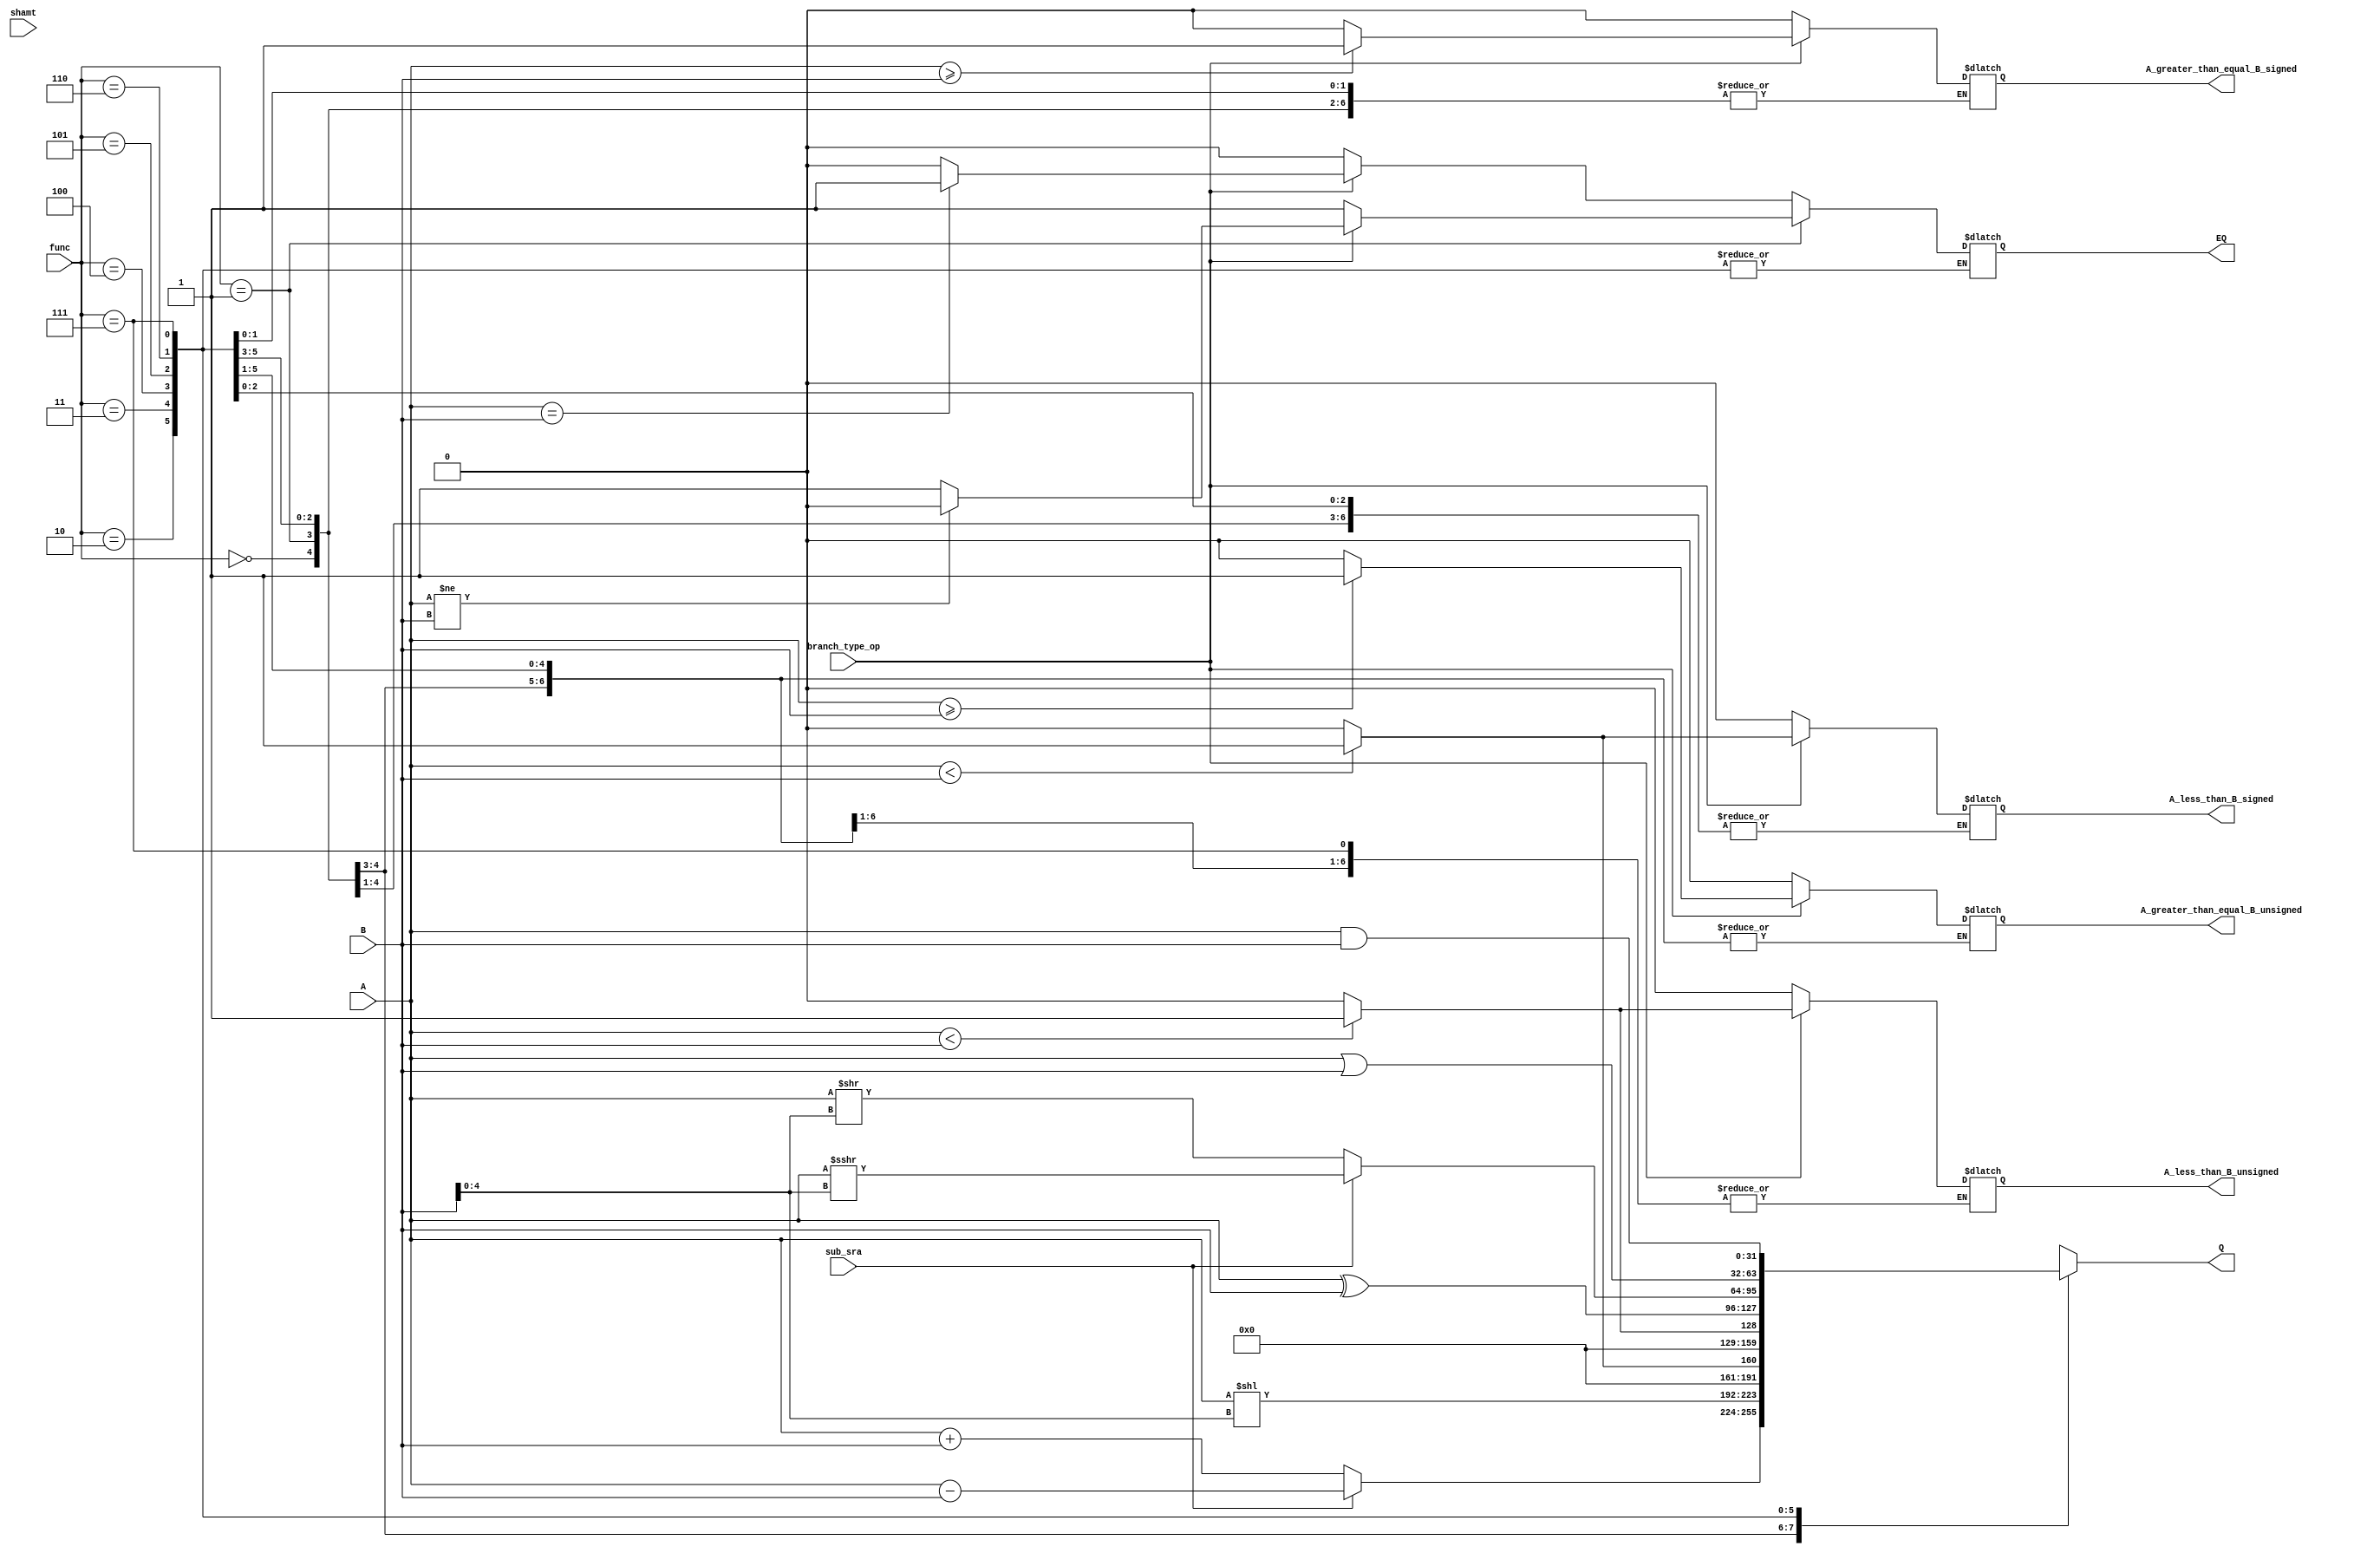
module ALU (
    input [31:0] A,
    input [31:0] B,
    input [2:0] func,
    input sub_sra,
    input branch_type_op,
    input [4:0] shamt,
    output reg [31:0] Q,
    output reg EQ,
    output reg A_greater_than_equal_B_signed,
    output reg A_greater_than_equal_B_unsigned,
    output reg A_less_than_B_signed,
    output reg A_less_than_B_unsigned
);

always @ (*) begin
    case (func)
        3'b000 : begin
            if (sub_sra) begin
                Q = $signed(A) - $signed(B);
                $display("sub");
            end
            else begin
                Q = A + B;
                $display("sum");
            end
            if (branch_type_op) begin
                if ($signed(A) == $signed(B))
                    EQ = 1'b1;
                else
                    EQ = 1'b0;
            end
            else
                EQ = 1'b0;
                            
        end
        3'b001 : begin
            Q = A << B[4:0];
            if (branch_type_op) begin
                if ($signed(A) != $signed(B))
                    EQ = 1'b0;
                else
                    EQ = 1'b1;
            end
            else
                EQ = 1'b1;
        end

        3'b010 : begin
            if ( $signed(A) < $signed(B))
                Q = 32'b1;
            else
                Q = 32'b0;
        end

        3'b011 : begin
            if ( A < B)
                Q = 32'b1;
            else
                Q = 32'b0;
        end

        3'b100 : begin 
            Q = A ^ B;

            if (branch_type_op) begin
                if ($signed(A) < $signed(B))
                    A_less_than_B_signed = 1'b1;
                else
                    A_less_than_B_signed = 1'b0;
            end
            else
                A_less_than_B_signed = 1'b0;
        end
        
        3'b101 : begin
            if (sub_sra)
                Q = $signed(A) >>> B[4:0];
            else 
                Q = A >> B[4:0];

            if (branch_type_op) begin
                if ($signed(A) >= $signed(B))
                    A_greater_than_equal_B_signed = 1'b1;
                else
                    A_greater_than_equal_B_signed = 1'b0;
            end
            else
                A_greater_than_equal_B_signed = 1'b0;
        end

        3'b110 : begin 
            Q = A | B;

            if (branch_type_op) begin
                if (A < B)
                    A_less_than_B_unsigned = 1'b1;
                else
                    A_less_than_B_unsigned = 1'b0;
            end
            else
                A_less_than_B_unsigned = 1'b0;
        end
        3'b111 : begin 
            Q = A & B;

            if (branch_type_op) begin
                if (A >= B)
                    A_greater_than_equal_B_unsigned = 1'b1;
                else
                    A_greater_than_equal_B_unsigned = 1'b0;
            end
            else
                A_greater_than_equal_B_unsigned = 1'b0;
        end
        default: begin 
            Q = 32'b0;
            EQ = 1'b0;
            A_greater_than_equal_B_signed = 1'b0;
            A_greater_than_equal_B_unsigned = 1'b0;
            A_less_than_B_signed = 1'b0;
            A_less_than_B_unsigned = 1'b0;
        end
    endcase
end
endmodule